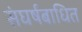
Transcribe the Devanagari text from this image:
संघर्षबाधित